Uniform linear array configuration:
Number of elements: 8
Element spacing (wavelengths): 0.25
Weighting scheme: hann
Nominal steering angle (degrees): -45
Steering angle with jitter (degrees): -44.592
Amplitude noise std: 0.05
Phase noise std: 0.05

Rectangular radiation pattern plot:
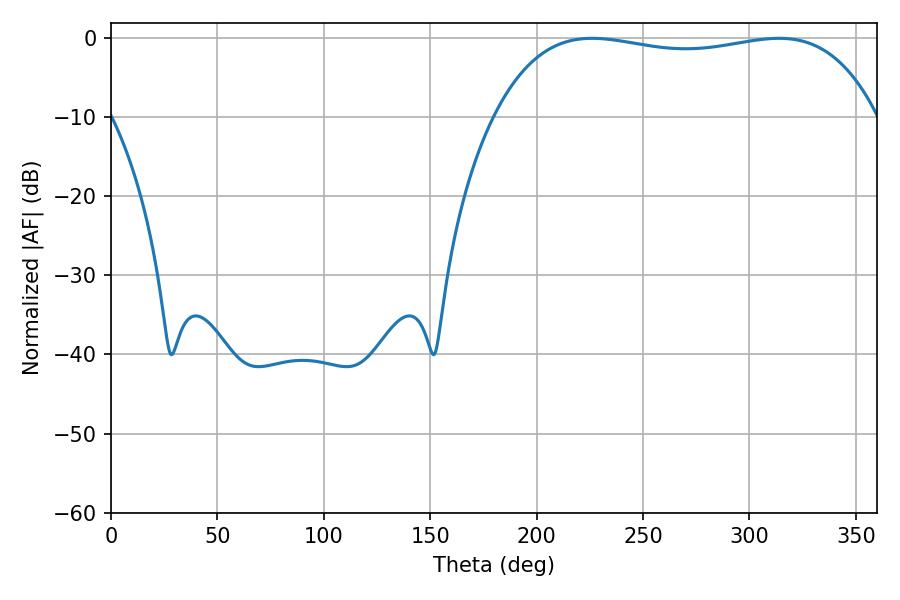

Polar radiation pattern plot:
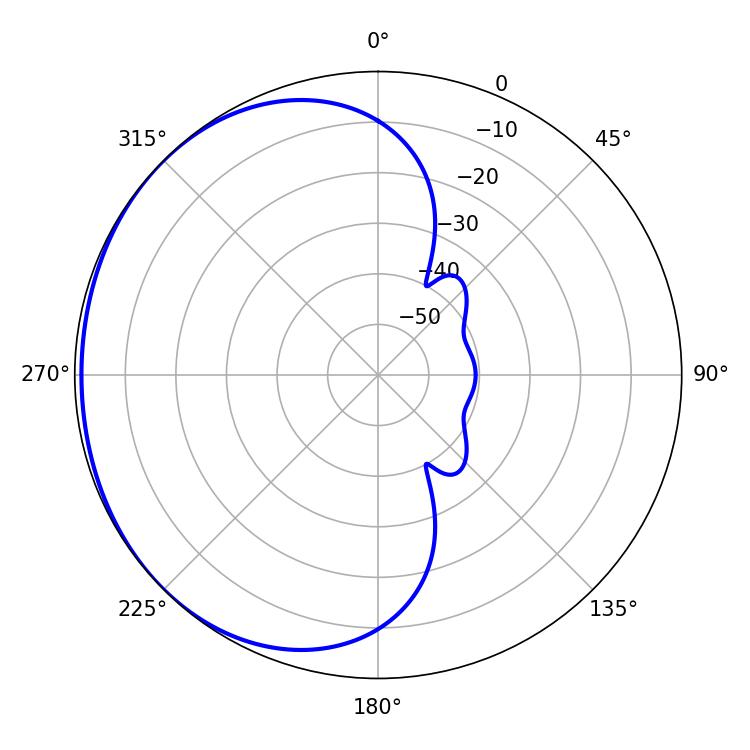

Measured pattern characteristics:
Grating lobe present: FALSE
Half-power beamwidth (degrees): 144.36
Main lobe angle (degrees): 313.92